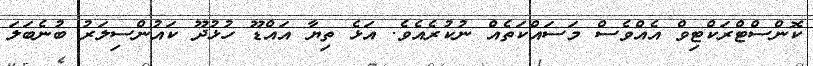
ކޮންސްޓްރަކްޓިވް އެއްވެސް މަސައްކަތެއް ނުކުރެއެވެ. އަޅެ ތިޔާ އައްޑޫ ހުޅުދޫ ކައުންސިލަރު ބުނެބަލަ